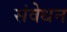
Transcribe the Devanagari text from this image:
संवेधन